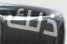
ذلك